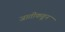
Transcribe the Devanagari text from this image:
जातीकडून